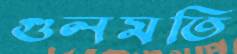
গুলমতি